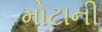
મોટાની